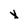
Character: x